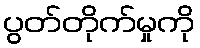
ပွတ်တိုက်မှုကို